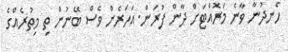
ހެނދުނާ ވާނެ މަރޮއްޓަށް ދާން ފުރަން. އަހަރެން ވެސް ބޭނުން ތި މިތުރެއްގެ